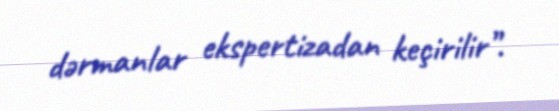
dərmanlar ekspertizadan keçirilir”.